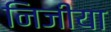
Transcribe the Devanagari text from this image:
निजीया